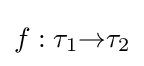
f:\tau _{1}{\to }\tau _{2}